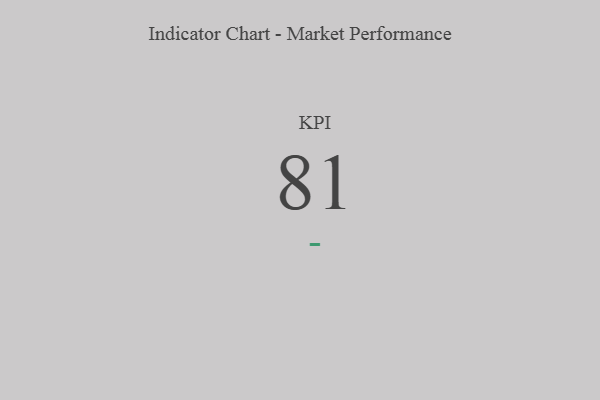
{"axis": {"x": "KPI", "y": "Value"}, "legend": [""], "data": [{"x": "KPI", "y": 81, "type": ""}]}